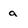
Character: a